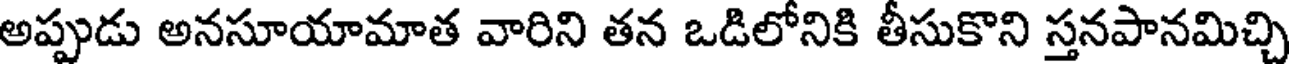
అప్పుడు అనసూయామాత వారిని తన ఒడిలోనికి తీసుకొని స్తనపానమిచ్చి